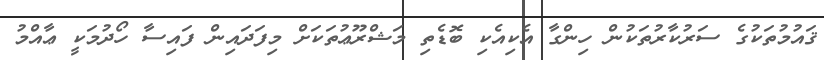
ޤައުމުތަކުގެ ސަރުކާރުތަކުން ހިންގާ އެކިއެކި ބޮޑެތި މަޝްރޫޢުތަކަށް މިފަދައިން ފައިސާ ހޯދުމަކީ ޢާއްމު